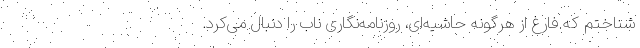
شناختم که فارغ از هرگونه حاشیه‌ای، روزنامه‌نگاری ناب را دنبال می‌کرد.